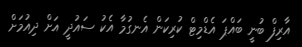
އާރިފް ބުނީ ބައްޕަ އެޑްމިޓް ކުރިކަން އެނގުމާ އެކު ސައުދީ އަށް ދިއުމަށް